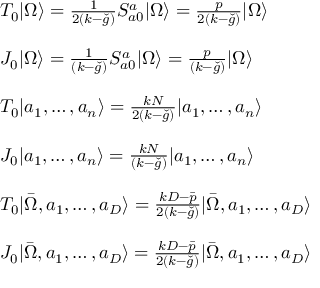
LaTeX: \begin{array} { l } { { T _ { 0 } | \Omega \rangle = \frac { 1 } { 2 ( k - \check { g } ) } S _ { a 0 } ^ { a } | \Omega \rangle = \frac { p } { 2 ( k - \check { g } ) } | \Omega \rangle } } \\ { { \ } } \\ { { J _ { 0 } | \Omega \rangle = \frac { 1 } { ( k - \check { g } ) } S _ { a 0 } ^ { a } | \Omega \rangle = \frac { p } { ( k - \check { g } ) } | \Omega \rangle } } \\ { { \ } } \\ { { T _ { 0 } | a _ { 1 } , \ldots , a _ { n } \rangle = \frac { k N } { 2 ( k - \check { g } ) } | a _ { 1 } , \ldots , a _ { n } \rangle } } \\ { { \ } } \\ { { J _ { 0 } | a _ { 1 } , \ldots , a _ { n } \rangle = \frac { k N } { ( k - \check { g } ) } | a _ { 1 } , \ldots , a _ { n } \rangle } } \\ { { \ } } \\ { { T _ { 0 } | \bar { \Omega } , a _ { 1 } , \ldots , a _ { D } \rangle = \frac { k D - \bar { p } } { 2 ( k - \check { g } ) } | \bar { \Omega } , a _ { 1 } , \ldots , a _ { D } \rangle } } \\ { { \ } } \\ { { J _ { 0 } | \bar { \Omega } , a _ { 1 } , \ldots , a _ { D } \rangle = \frac { k D - \bar { p } } { 2 ( k - \check { g } ) } | \bar { \Omega } , a _ { 1 } , \ldots , a _ { D } \rangle } } \end{array}